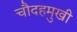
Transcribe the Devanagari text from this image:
चौदहमुखी